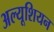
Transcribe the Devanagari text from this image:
अल्यूशियन